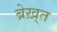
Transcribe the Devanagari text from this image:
ब्रेख़्त